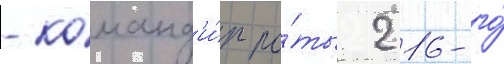
- команд'и́р ро́ты 216-го́